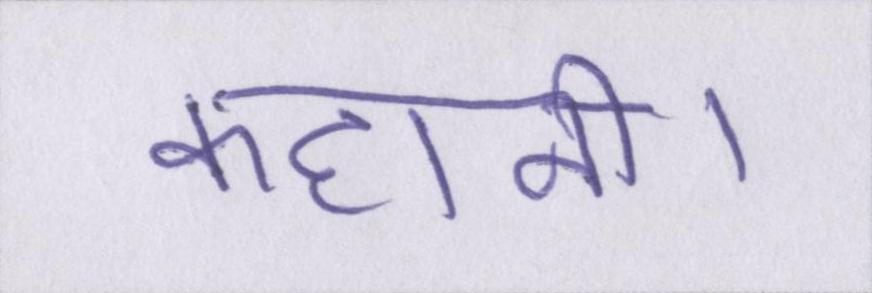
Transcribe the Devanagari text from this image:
कहानी।